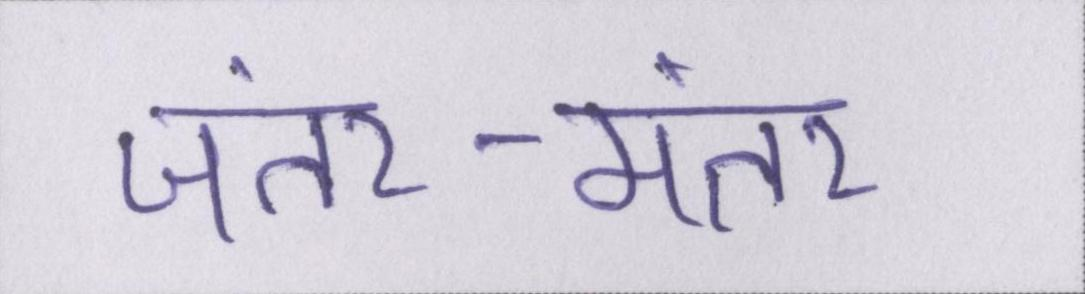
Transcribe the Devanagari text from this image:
जंतर-मंतर